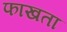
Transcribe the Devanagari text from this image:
फाखता